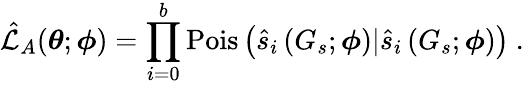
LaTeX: \hat{\mathcal{L}}_{A}(\boldsymbol{\theta};\boldsymbol{\phi})=\prod_{i=0}^{b}\operatorname{Pois}\left(\hat{s}_{i}\left(G_{s};\boldsymbol{\phi}\right)|\hat{s}_{i}\left(G_{s};\boldsymbol{\phi}\right)\right)~.